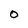
Character: 0